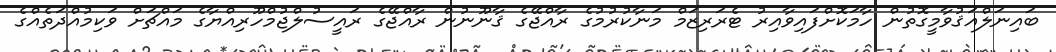
ބައިނަލްއަޤުވާމީގޮތުން ހާމަކޮށްފައިވާއިރު ޓެރަރިޒަމް މަނާކުރުމުގެ ރާއްޖޭގެ ޤާނޫނުން ރާއްޖޭގެ ރައީސުލްޖުމްހޫރިއްޔާގެ މައްޗަށް ވަކިމުއްދަތެއްގެ